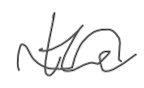
Text: the
Cross-out: wave
Writing tool: digital_gray